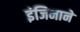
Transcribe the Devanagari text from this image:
इंजिनाने